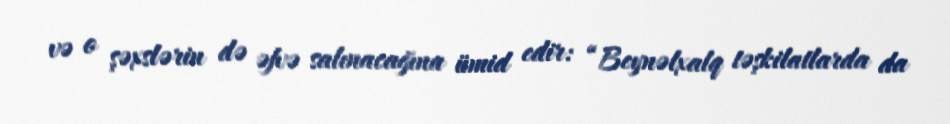
və o şəxslərin də əfvə salınacağına ümid edir: “Beynəlxalq təşkilatlarda da